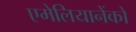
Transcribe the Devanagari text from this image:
एमेलियानेंको